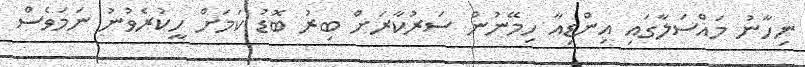
ނިހާނު މައްސަލާގައި އިންޑިއާ ހިމޭނުން ސަރުކާރަށް ބިރު ބޮޑު ކަމަށް ހީކުރެވުނު ނަމަވެސް